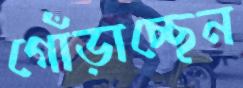
গোঁড়াচ্ছেন